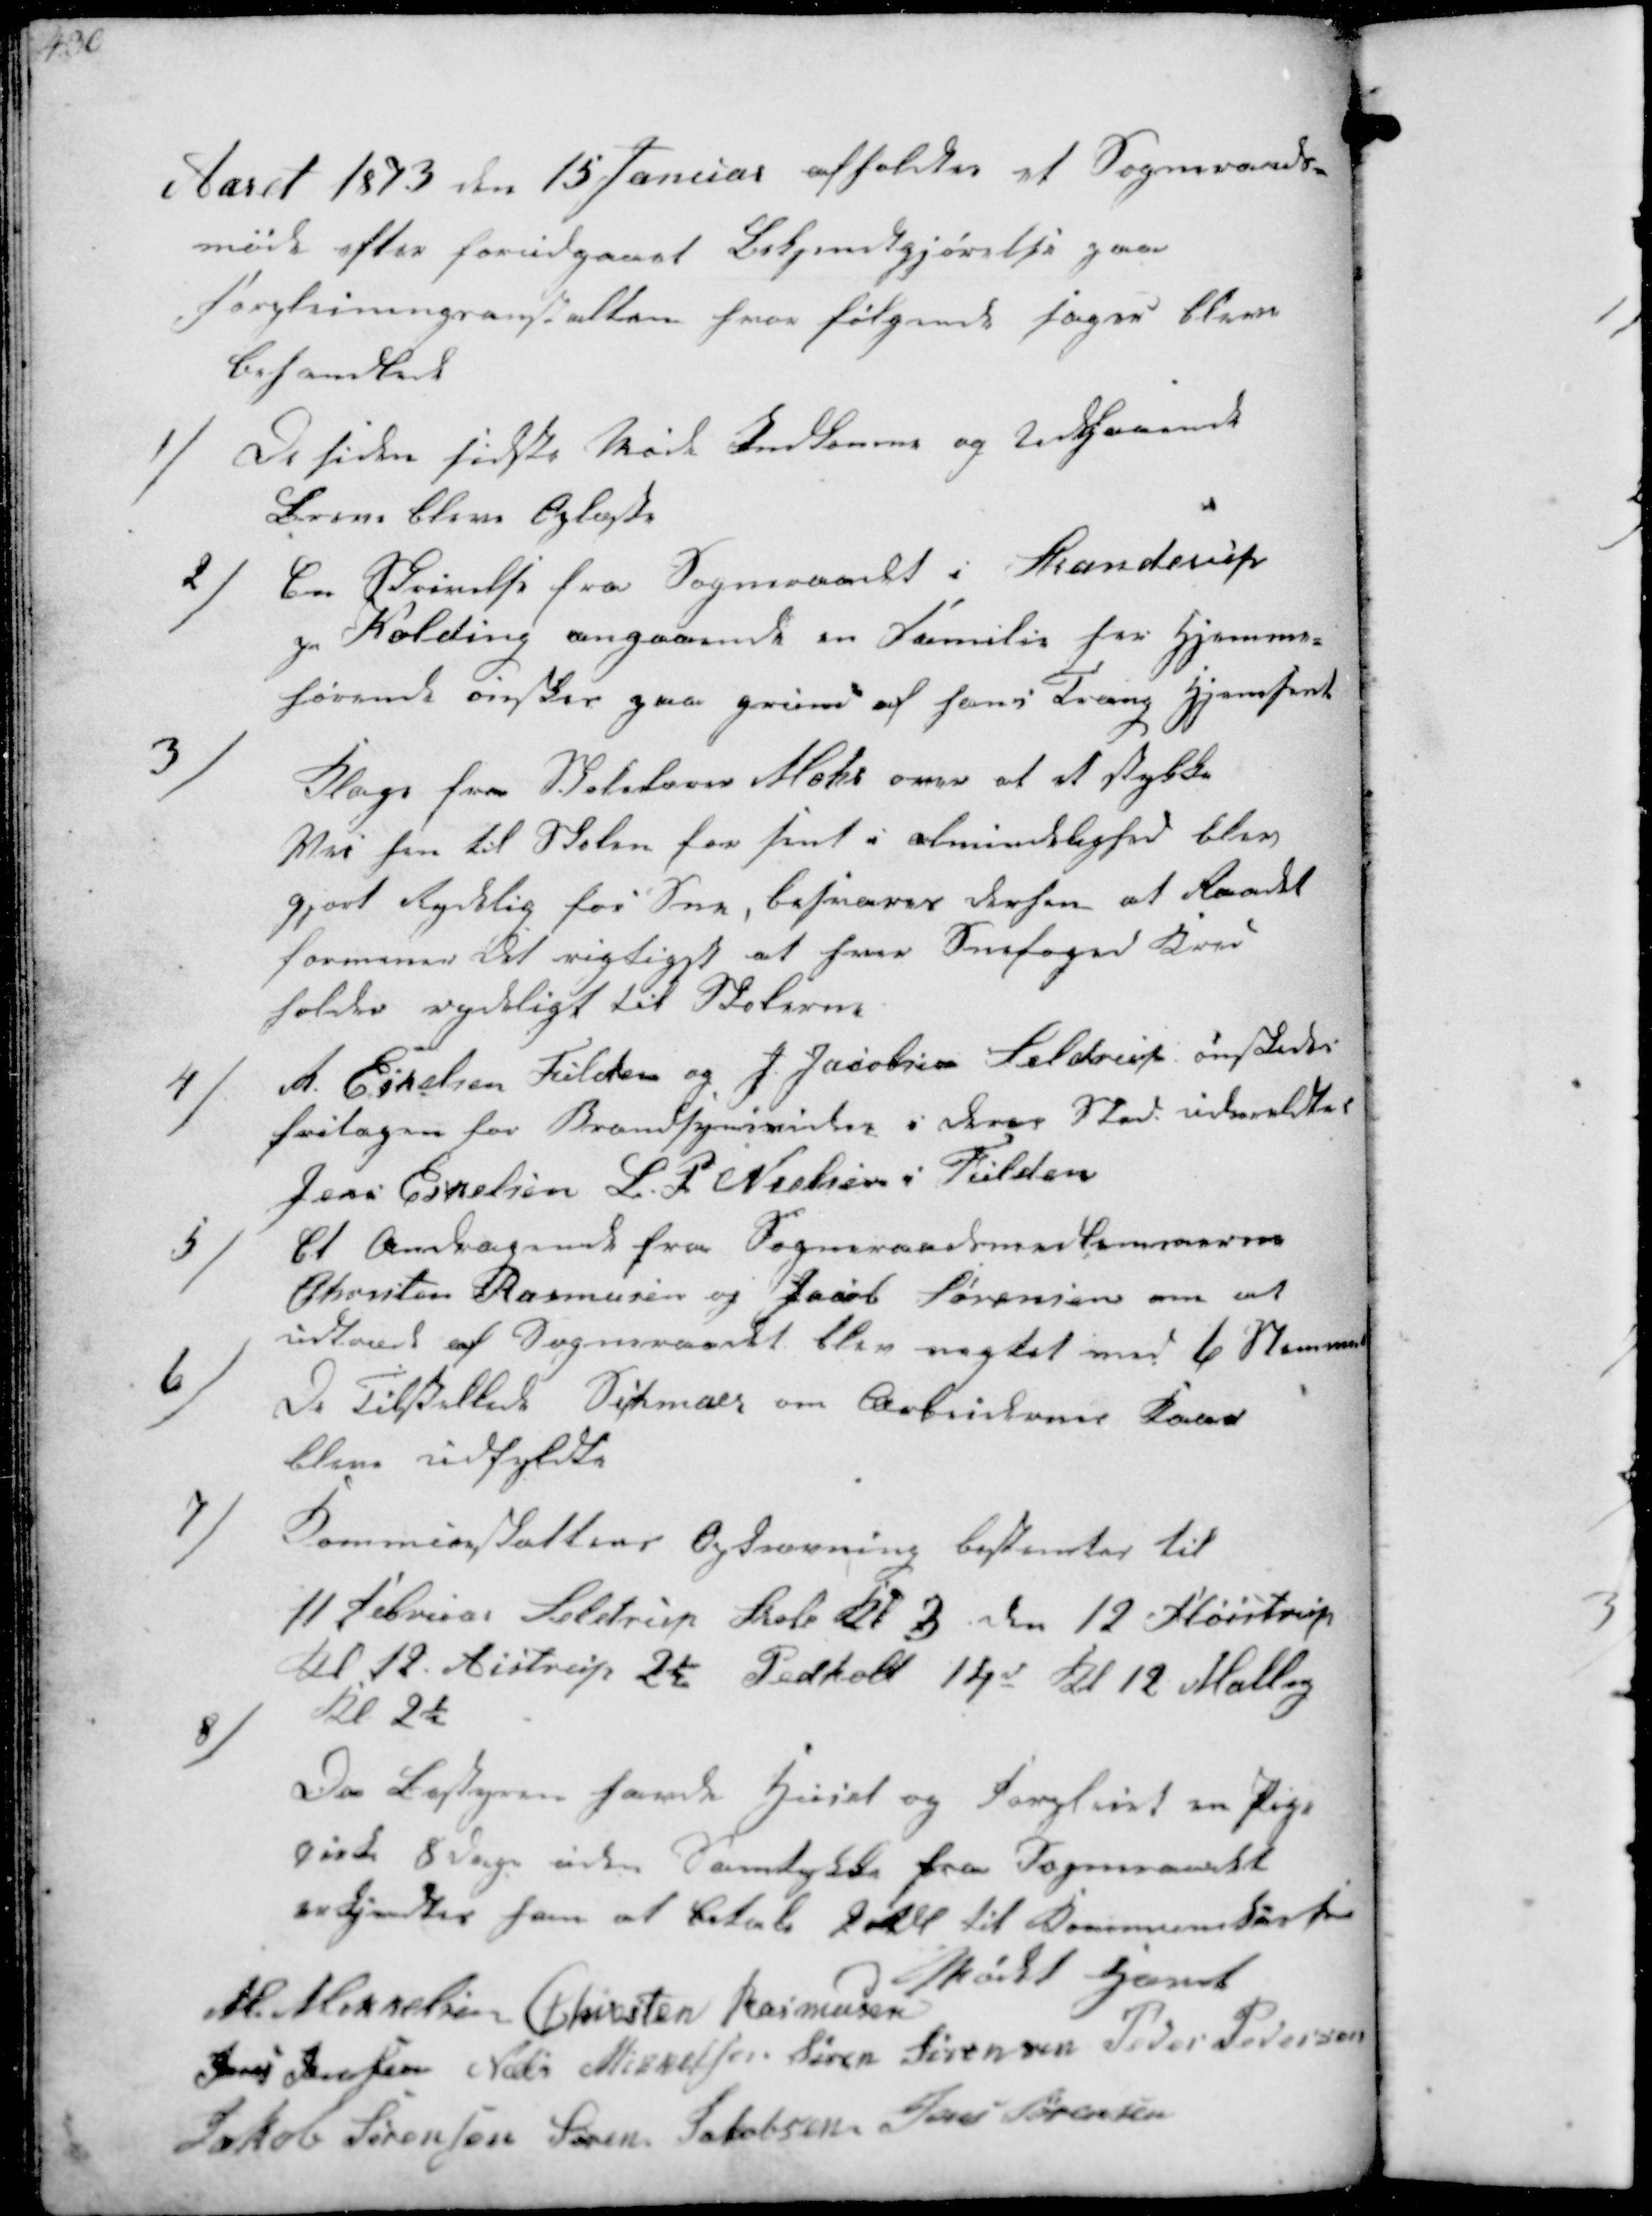
Transskription:
Aaret 1873 den 15 Januar afholdtes et Sogneraads-
møde efter forudgaaet Bekjendtgjørelse paa
Forplejningsanstalten hvor følgende sager bleve
behandlet

1/
De siden sidste Møde Indkomne og Udgaaende
Breve bleve oplæste

2/
En Skrivelse fra Sogneraadet i Skanderup
og Kolding angaaende en Familie her Hjemme-
hørende ønskes paa grund af hans Trang Hjemsendt

3/
Klage fra Skolelærer Mohr over at et stykke
Vei hen til Skolen der sent i almindelighed blev
gjort Rydelig for Sne, besvares derfor at Raadet
formener det vigtiget at hver Snefoged  
holder rydeligt til Skolerne

4/
R. Eskelsen Fulden og J. Jacobsen Seldrup ønskede
fritagne for Brandsynsvidne i deres Sted udmeldtes
Jens Eskelsen L. P Nielsen i Fulden

5/
Et Andragendet fra Sogneraadsmedlemmerne
Christen Rasmusen og Jacob Sørensen om at
udtræde af Sogneraadet blev nægtet med 6 Stemmer

6/
De tilstillede Schmaer om Arbeidernes Kaar
bleve udfyldte

7/
Kommunskattens Opkrævning bestemtes til
11 Februar Seldrup Skole Kl 3  12 Fløistrup
Kl 12 Aistrup 2½ Pedholt 14d Kl 12 Malling 
Kl 2½

8/

Da Bestyren havde  og Forpleiet en Pige
cirka 8 Dage uden Samtykke fra Sogneraadet
erkjendter han at betale 2 Rdl til Kommunekassen

Mødet hævet
M. Mikkelsen Christen Rasmussen
Jens Jensen Niels Mikkelsen Søren Sørensen Peder Pedersen
Jakob Sørensen Søren Jakobsen Jens Sørensen